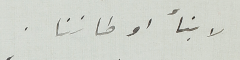
لابنأ اوطاننا.